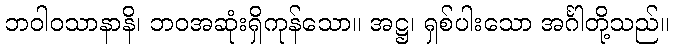
ဘဝါဝသာနာနိ၊ ဘဝအဆုံးရှိကုန်သော။ အဋ္ဌ၊ ရှစ်ပါးသော အင်္ဂါတို့သည်။